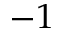
- 1